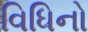
વિધિનો